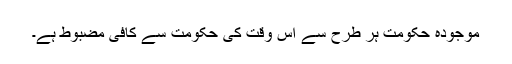
موجودہ حکومت ہر طرح سے اس وقت کی حکومت سے کافی مضبوط ہے۔